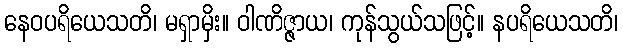
နေဝပရိယေသတိ၊ မရှာမှိး။ ဝါဏိဇ္ဇာယ၊ ကုန်သွယ်သဖြင့်။ နပရိယေသတိ၊